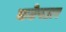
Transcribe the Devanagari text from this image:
कडेपठार